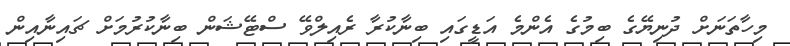
މިހާތަނަށް ދުނިޔޭގެ ބިމުގެ އެންމެ އަޑީގައި ބިނާކުރާ ރެއިލްވޭ ސްޓޭޝަން ބިނާކުރުމަށް ޗައިނާއިން